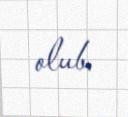
olub.